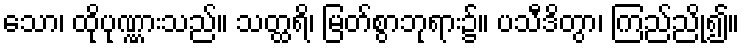
သော၊ ထိုပုဏ္ဏားသည်။ သတ္ထရိ၊ မြတ်စွာဘုရား၌။ ပသီဒိတွာ၊ ကြည်ညို၍။